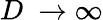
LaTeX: D\ \to\infty